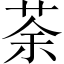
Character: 荼